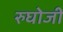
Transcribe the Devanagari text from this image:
रुघोजी